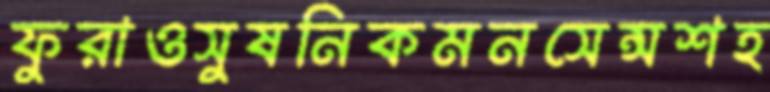
ফুরাওসুষনিকমনসেন্সশহ